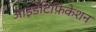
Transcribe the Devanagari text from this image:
आइडेंटिफ़िकेशन